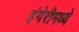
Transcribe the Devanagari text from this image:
हंगेरीमध्ये